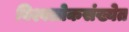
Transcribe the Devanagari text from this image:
विश्वलोकसंख्येत